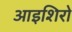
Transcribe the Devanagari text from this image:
आइशिरो